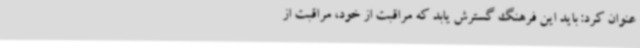
عنوان کرد: باید این فرهنگ گسترش یابد که مراقبت از خود، مراقبت از